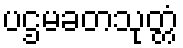
ပဌမခတသုတ္တံ